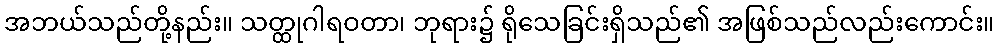
အဘယ်သည်တို့နည်း။ သတ္ထုဂါရဝတာ၊ ဘုရား၌ ရိုသေခြင်းရှိသည်၏ အဖြစ်သည်လည်းကောင်း။